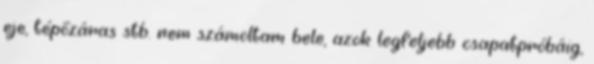
eje, tépőzáras stb. nem számoltam bele, azok legfeljebb csapatpróbáig,